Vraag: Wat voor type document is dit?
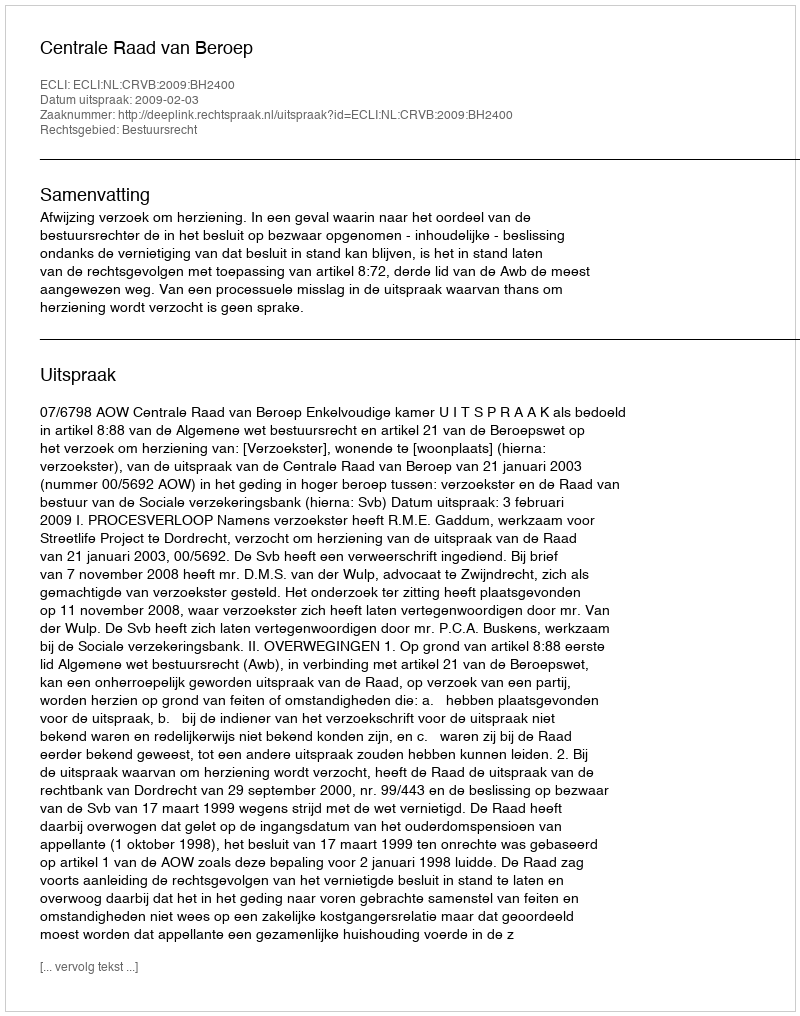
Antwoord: Uitspraak